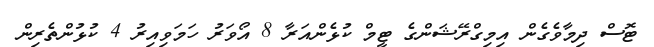
ޓޮސް ދިމާވެގެން އިމިގްރޭޝަންގެ ޓީމް ކުޅެންއަރާ 8 އޯވަރު ހަމަވިއިރު 4 ކުޅުންތެރިން